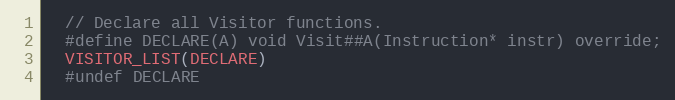
Language: C
  // Declare all Visitor functions.
  #define DECLARE(A) void Visit##A(Instruction* instr) override;
  VISITOR_LIST(DECLARE)
  #undef DECLARE